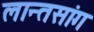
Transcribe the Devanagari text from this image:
लान्तसांग